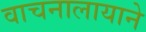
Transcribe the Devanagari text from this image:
वाचनालायाने